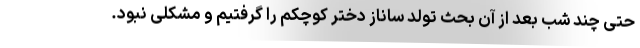
حتی چند شب بعد از آن بحث تولد ساناز دختر کوچکم را گرفتیم و مشکلی نبود.